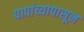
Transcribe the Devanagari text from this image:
पापांच्यापासून